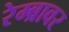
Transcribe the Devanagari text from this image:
रेम्ब्रावर